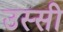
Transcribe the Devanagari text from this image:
उस्सी